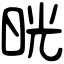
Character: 晄